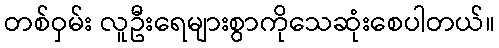
တစ်ဝှမ်း လူဦးရေများစွာကိုသေဆုံးစေပါတယ်။